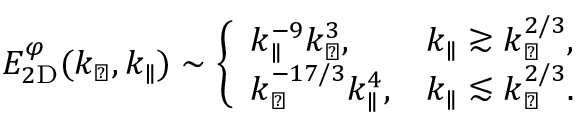
\begin{array} { r } { E _ { 2 \mathrm { D } } ^ { \varphi } ( k _ { \perp } , k _ { \parallel } ) \sim \left\{ \begin{array} { l l } { \displaystyle k _ { \parallel } ^ { - 9 } k _ { \perp } ^ { 3 } , } & { \displaystyle k _ { \parallel } \gtrsim k _ { \perp } ^ { 2 / 3 } , } \\ { \displaystyle k _ { \perp } ^ { - 1 7 / 3 } k _ { \parallel } ^ { 4 } , } & { \displaystyle k _ { \parallel } \lesssim k _ { \perp } ^ { 2 / 3 } . } \end{array} \right. } \end{array}